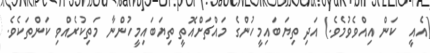
(އެއީ  ކަން އިއްވެވުމެވެ.) އަދި ތިޔަބައިމީހުންގެ މައްޗަށްއޮތީ ތިޔަބައިމީހުންނާ މަތިކުރެއްވި ކަންތަކެވެ.